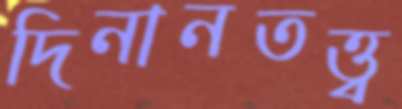
দিনানতত্ত্ব